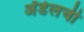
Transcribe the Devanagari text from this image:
अॅडेलची